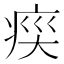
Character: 𭼍